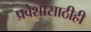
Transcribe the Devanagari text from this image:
प्रवेशासाठीही